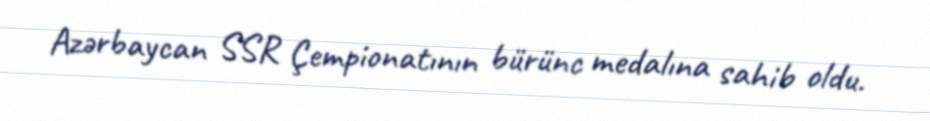
Azərbaycan SSR Çempionatının bürünc medalına sahib oldu.